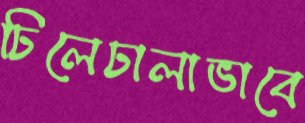
ঢিলেঢালাভাবে